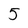
Character: 5